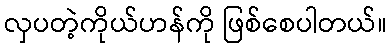
လှပတဲ့ကိုယ်ဟန်ကို ဖြစ်စေပါတယ်။